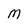
Character: M